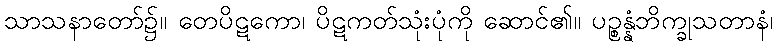
သာသနာတော်၌။ တေပိဋကော၊ ပိဋကတ်သုံးပုံကို ဆောင်၏။ ပဉ္စန္နံဘိက္ခုသတာနံ၊